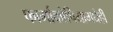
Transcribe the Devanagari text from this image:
फार्माकोपियामधेही